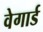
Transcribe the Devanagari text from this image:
वेगार्ड